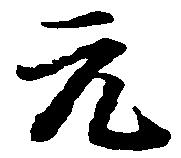
元